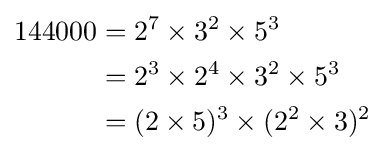
{\begin{aligned}144000&=2^{7}\times 3^{2}\times 5^{3}\\&=2^{3}\times 2^{4}\times 3^{2}\times 5^{3}\\&=(2\times 5)^{3}\times (2^{2}\times 3)^{2}\end{aligned}}